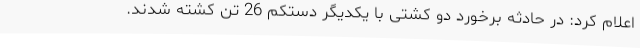
اعلام کرد: در حادثه برخورد دو کشتی با یکدیگر دستکم 26 تَن کشته شدند.